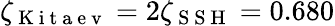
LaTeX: \zeta_{\mathrm{~K~i~t~a~e~v~}}=2\zeta_{\mathrm{~S~S~H~}}=0.680